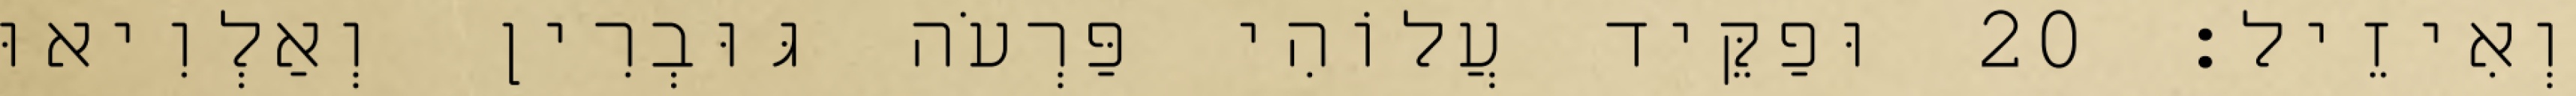
וְאִיזֵיל׃ 20 וּפַקֵּיד עֲלוֹהִי פַּרְעֹה גּוּבְרִין וְאַלְוִיאוּ